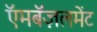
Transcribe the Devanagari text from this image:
ऍमबॅज़लमेंट